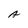
Character: A